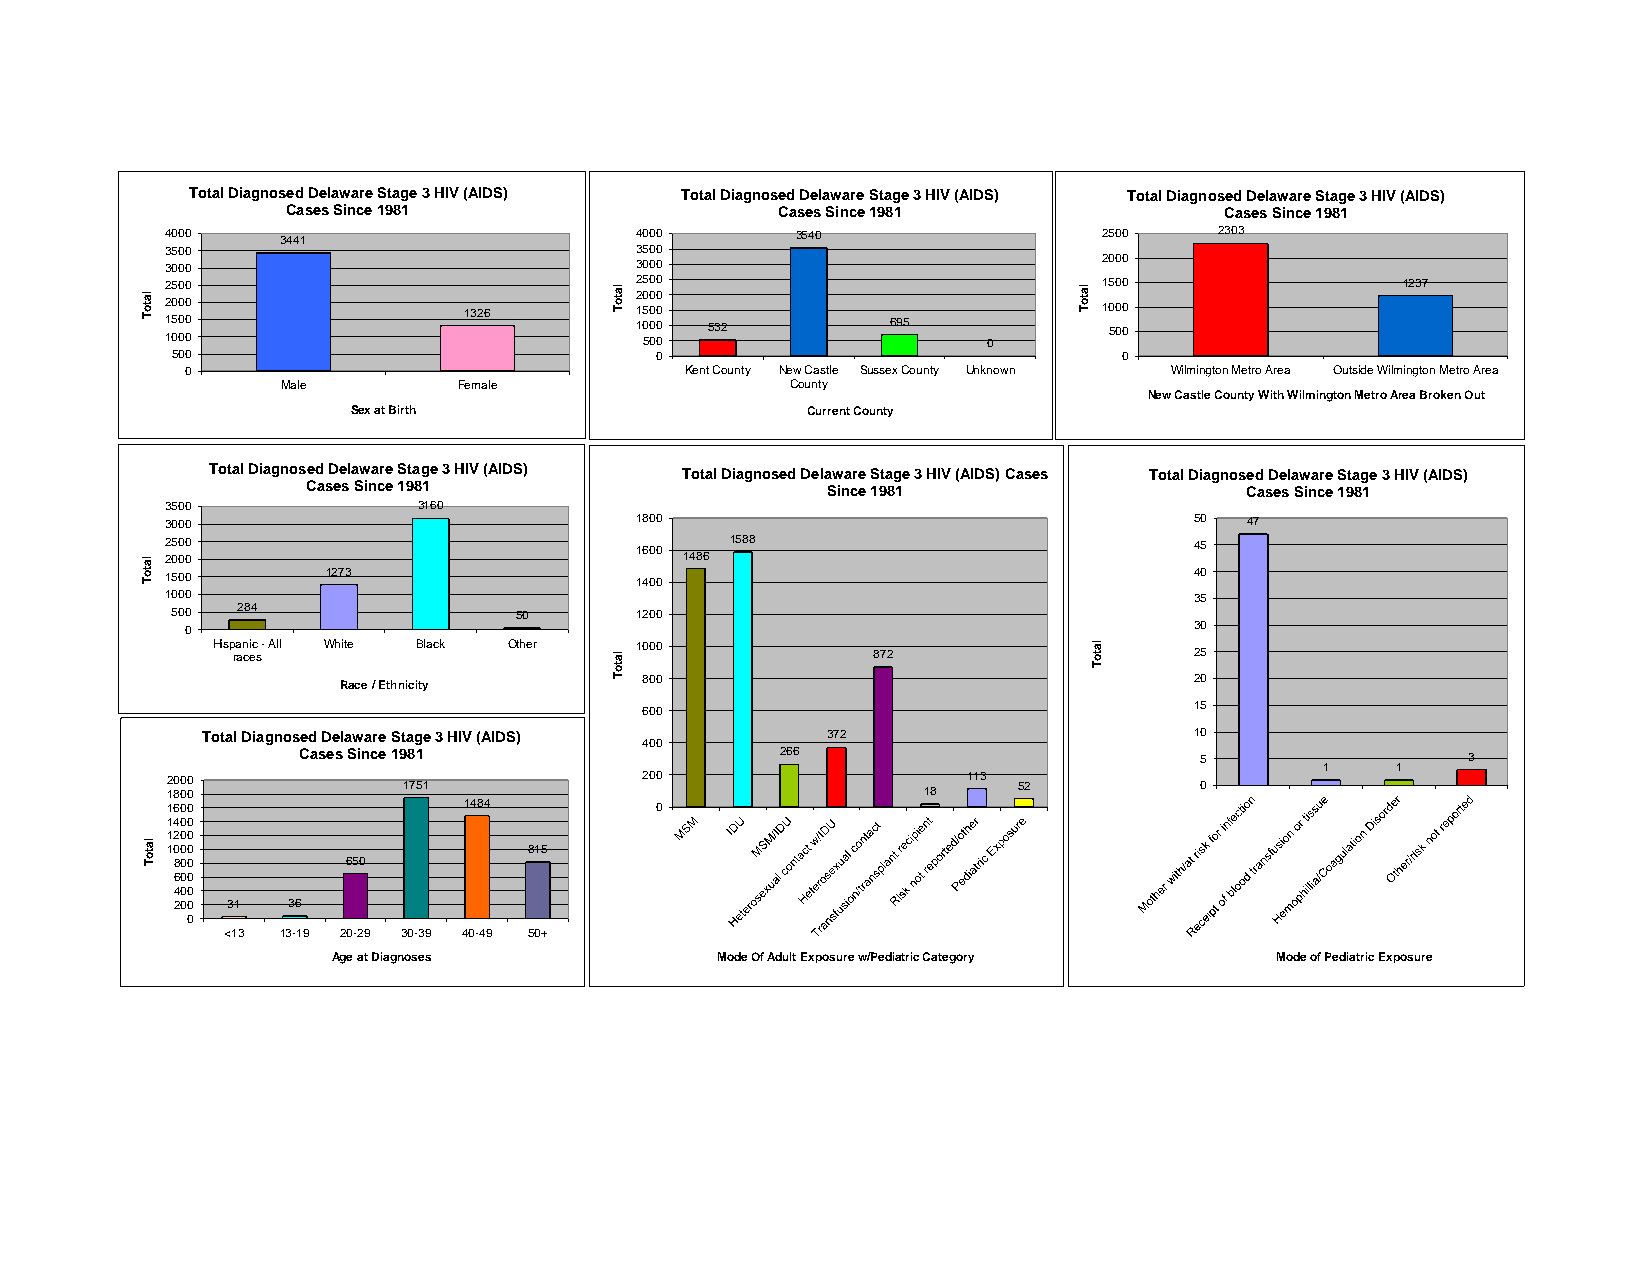
Total Diagnosed Delaware Stage 3 HIV (AIDS) Total Diagnosed Delaware Stage 3 HIV (AIDS) Total Diagnosed Delaware Stage 3 HIV (AIDS)
 Cases Since 1981                Cases Since 1981              Cases Since 1981
 4000    3441                   4000       3540                2500    2303
 3500                           3500
 3000                           3000                           2000
 la
 to T
 1122 505 0000 0000
 0
 1326
 la
 to
 T
 1122 0505 50000 00000
 0
 532         695
 0
 la
 to
 T
 11 05 5000 000      1237
 500                             0                              0
 0                                Kent County New Castle Sussex County Unknown Wilmington Metro Area Outside Wilmington Metro Area
 Male       Female                County
 New Castle County With Wilmington Metro Area Broken Out
 Sex at Birth                  Current County
 Total Diagnosed Delaware Stage 3 HIV (AIDS) Total Diagnosed Delaware Stage 3 HIV (AIDS) Cases Total Diagnosed Delaware Stage 3 HIV (AIDS)
 Cases Since 1981                   Since 1981                 Cases Since 1981
 3500             3160
 3000                           1800                                 50 47
 la 22 05 00 00                   1600 1486 1588                       45
 to T 1500    1273                1400                                 40
 1000                                                                35
 500  284               50      1200
 0                                                                  30
 Hisp ra an ceic s - All White Black Other la 1000 872     la to  25
 to                             T
 Race / Ethnicity  T 800                                 20
 600                                 15
 Total Diagnosed Delaware Stage 3 HIV (AIDS) 372                   10
 400
 Cases Since 1981                266                        5                 3
 1   1
 12 80 00 00     1751            200               18 113 52         0
 1600                1484        0
 1400
 1200
 la
 to
 T
 10 80 00
 0          650
 815
 600
 400
 200 31 36
 0
 <13 13-19 20-29 30-39 40-49 50+
 Age at Diagnoses         Mode Of Adult Exposure w/Pediatric Category Mode of Pediatric Exposure